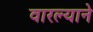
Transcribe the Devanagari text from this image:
वारल्याने